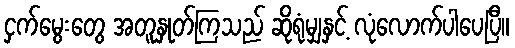
ငှက်မွေးတွေ အတူနှုတ်ကြသည် ဆိုရုံမျှနှင့် လုံလောက်ပါပေပြီ။